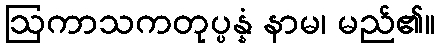
ဩကာသကတုပ္ပန္နံ နာမ၊ မည်၏။